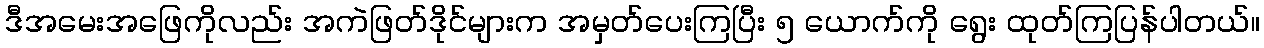
ဒီအမေးအဖြေကိုလည်း အကဲဖြတ်ဒိုင်များက အမှတ်ပေးကြပြီး ၅ ယောက်ကို ရွေး ထုတ်ကြပြန်ပါတယ်။